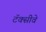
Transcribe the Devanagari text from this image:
टॅक्सीवे